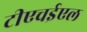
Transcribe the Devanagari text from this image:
टीएचईएल